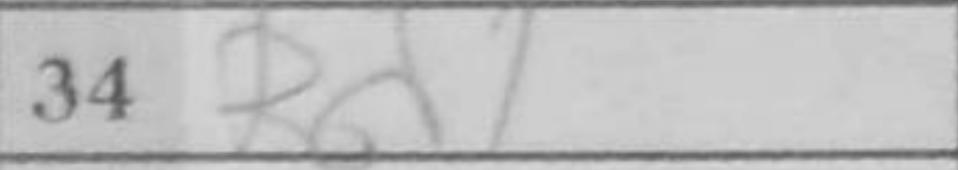
Transcription: Rd1